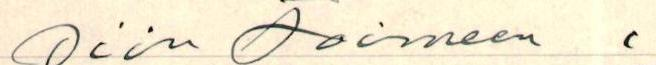
siin toimeen .